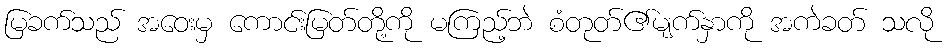
မြခက်သည် အဝေးမှ ကောင်းမြတ်တို့ကို မကြည့်ဘဲ စံတုတ်၏မျက်နှာကို အကဲခတ် သလို